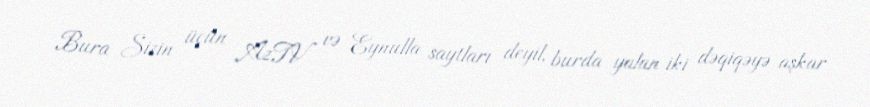
Bura Sizin üçün AzTV və Eynulla saytları deyil, burda yalan iki dəqiqəyə aşkar